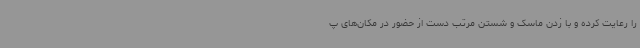
را رعایت کرده و با زدن ماسک و شستن مرتب دست از حضور در مکان‌های پ